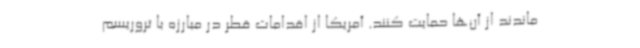
ماندند از آن‌ها حمایت کنند. آمریکا از اقدامات قطر در مبارزه با تروریسم